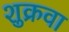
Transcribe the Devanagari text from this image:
शुक्रवा